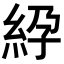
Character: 𥿱